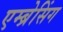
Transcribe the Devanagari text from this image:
एम्ब्रेसिंग